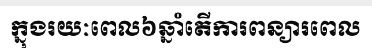
ក្នុងរយៈពេល៦ឆ្នាំតើការពន្យារពេល